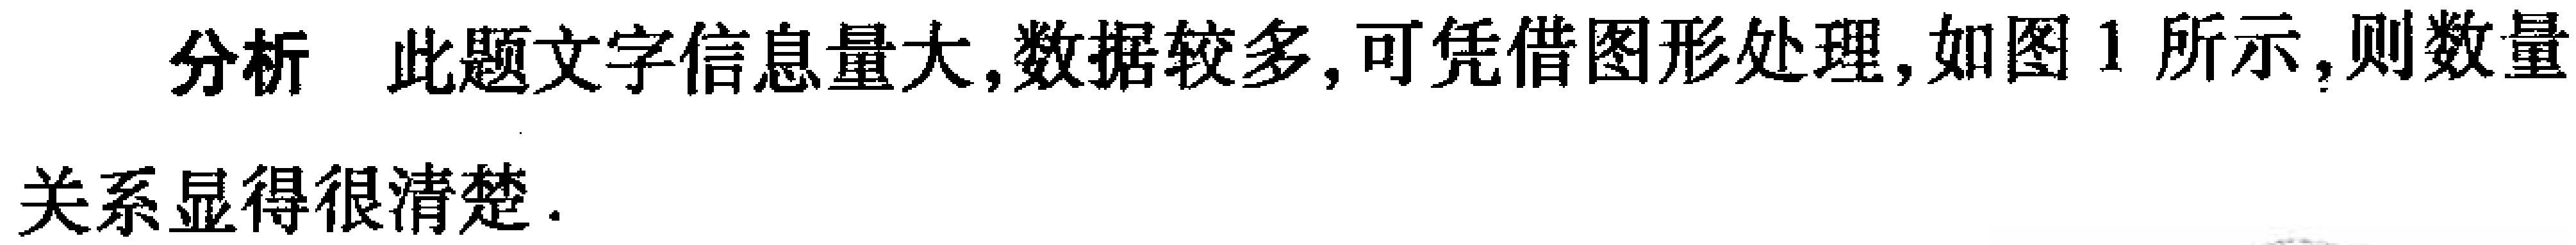
分析 此题文字信息量大,数据较多,可凭借图形处理,如图1所示,则数量关系显得很清楚.